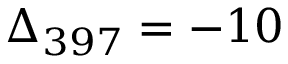
\Delta _ { 3 9 7 } = - 1 0